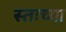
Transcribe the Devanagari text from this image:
स्तःच्या